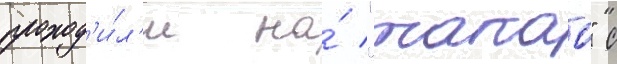
проход'и́л'и на́ "такао" с